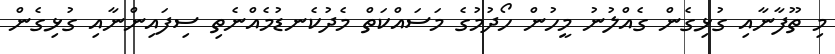
މި ތޫފާނާއި ގުޅިގެން ގެއްލުނު މީހުން ހޯދުމުގެ މަސައްކަތް މެދުކެނޑުމެއްނެތި ސިފައިންނާއި ގުޅިގެން